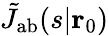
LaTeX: \tilde{J}_{\mathrm{{ab}}}(s|\textbf{r}_{0})